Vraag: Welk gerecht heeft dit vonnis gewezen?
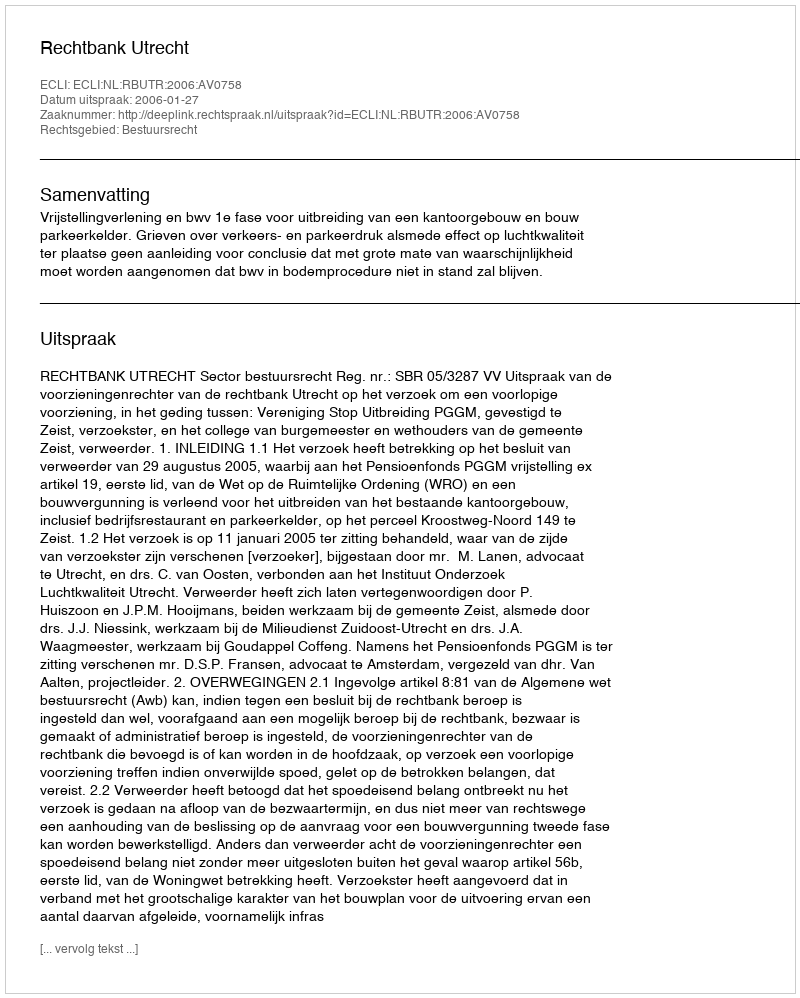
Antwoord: Rechtbank Utrecht